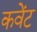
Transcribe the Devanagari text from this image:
कवेंट